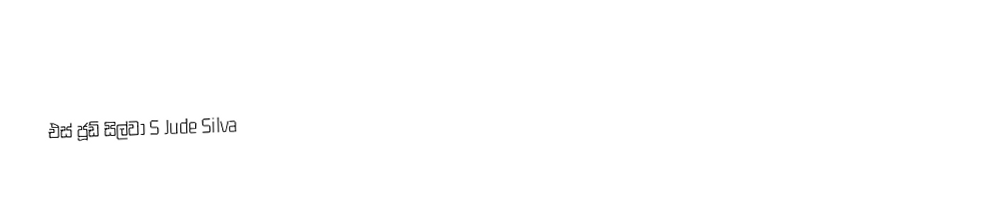
එස් ජූඩ් සිල්වා S Jude Silva